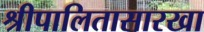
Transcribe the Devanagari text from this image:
श्रीपालितासारखा